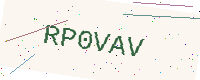
Text: RP0VAV